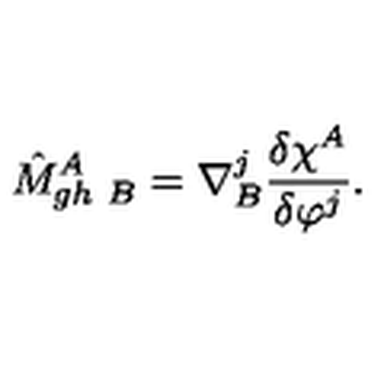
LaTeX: \hat { M } _ { g h \ B } ^ { A } = \nabla _ { B } ^ { j } \frac { \delta \chi ^ { A } } { \delta \varphi ^ { j } } .